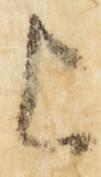
上